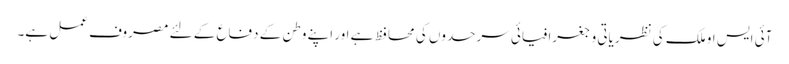
آئی ایس او ملک کی نظریاتی و جغرافیائی سرحدوں کی محافظ ہے اور اپنے وطن کے دفاع کے لئے مصروف عمل ہے۔